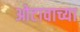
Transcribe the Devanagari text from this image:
ओटावाच्या